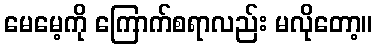
မေမေ့ကို ကြောက်စရာလည်း မလိုတော့။